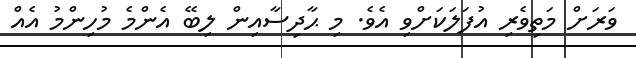
ވަރަށް މަތިވެރި އުފަލަކަށްވި އެވެ. މި ޙާދިސާއިން ލިބޭ އެންމެ މުހިންމު އެއް